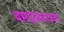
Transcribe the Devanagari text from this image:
वसाहतवादावर